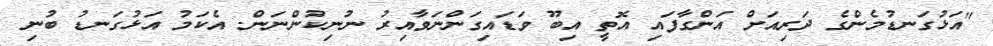
"އަޅުގަނޑުމެންގެ ދަރިއަށް އަންގާފައި އޮތީ އިބޫ ވަޑައިގަންނަވާއިރު ނުނިކުންނަން. އެކަމު އަޅުގަނޑު ބުނި